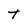
Character: t